Indian journal of veterinary science and animal husbandry - Volume 13,
Year: 1943
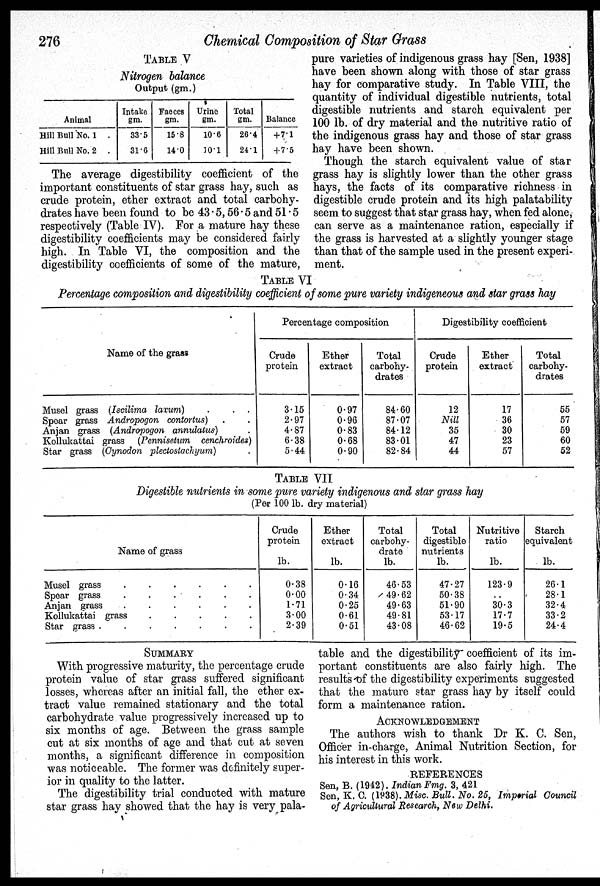
276
Chemical Composition of Star Grass
TABLE V
Nitrogen balance
Output (gm.)
Animal
Hill Bull No. 1 .
Hill Bull No. 2 .
Intake
gm.
335
31.6
Faeces
gm.
15.8
14.0
Urine
gm.
10.6
10.1
Total
gm.
26.4
24.1
Balance
+ 7.1
+7.5
The average digestibility coefficient of the
important constituents of star grass hay, such as
crude protein, ether extract and total carbohy-
drates have been found to be 43.5, 56.5 and 51.5
respectively (Table IV). For a mature hay these
digestibility coefficients may be considered fairly
high. In Table VI, the composition and the
digestibility coefficients of some of the mature,
pure varieties of indigenous grass hay [Sen, 1938]
have been shown along with those of star grass
hay for comparative study. In Table VIII, the
quantity of individual digestible nutrients, total
digestible nutrients and starch equivalent per
100 lb. of dry material and the nutritive ratio of
the indigenous grass hay and those of star grass
hay have been shown.
Though the starch equivalent value of star
grass hay is slightly lower than the other grass
hays, the facts of its comparative richness in
digestible crude protein and its high palatability
seem to suggest that star grass hay, when fed alone,
can serve as a maintenance ration, especially if
the grass is harvested at a slightly younger stage
than that of the sample used in the present experi-
ment.
TABLE VI
Percentage composition and digestibility coefficient of some pure variety indigeneous and star grass hay
Name of the grass
Musel grass (Iscilima laxum) . . .
Spear grass Andropogon contortus) .
Anjan grass (Andropogon annulatus) .
Kollukattai grass (Pennisetum cenchroides)
Star grass (Cynodon plectostachyum) .
Percentage composition
3.15
2.97
4.87
6.38
5.44
0.97
0.96
0.83
0.68
0.90
84.60
87.07
84.12
83.01
82.84
Digestibility coefficient
12
Nill
35
47
44
17
36
30
23
57
55
57
59
60
52
TABLE VII
Digestible nutrients in some pure variety indigenous and star grass hay
(Per 100 lb. dry material)
Name of grass
Musel grass . . . . . .
Spear grass . . . . . .
Anjan grass . . . . . .
Kollukattai grass
.
.
.
.
.
Star grass .
.
.
.
.
.
.
Crude
protein
lb.
0.38
0.00
1.71
3.00
2.39
Ether
extract
lb.
0.16
0.34
0.25
0.61
0.51
Total
carbohy-
drate
lb.
46.53
49.62
49.63
49.81
43.08
Total
digestible
nutrients
lb.
47.27
50.38
51.90
53.17
46.62
Nutritive
ratio
lb.
123.9
..
30.3
17.7
19.5
Starch
equivalent
lb.
26.1
28.1
32.4
33.2
24.4
SUMMARY
With progressive maturity, the percentage crude
protein value of star grass suffered significant
losses, whereas after an initial fall, the ether ex-
tract value remained stationary and the total
carbohydrate value progressively increased up to
six months of age. Between the grass sample
cut at six months of age and that cut at seven
months, a significant difference in composition
was noticeable. The former was definitely super-
ior in quality to the latter.
The digestibility trial conducted with mature
star grass hay showed that the hay is very pala-
table and the digestibility coefficient of its im-
portant constituents are also fairly high. The
results of the digestibility experiments suggested
that the mature star grass hay by itself could
form a maintenance ration.
ACKNOWLEDGEMENT
The authors wish to thank Dr K. C. Sen,
Officer in-charge, Animal Nutrition Section, for
his interest in this work.
REFERENCES
Sen, B. (1942). Indian Fmg. 3, 421
Sen, K. C. (1938). Misc. Bull. No. 25, Imperial Council
of Agricultural Research, New Delhi.